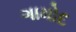
ગામોદ